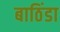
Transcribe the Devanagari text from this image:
बाठिंडा